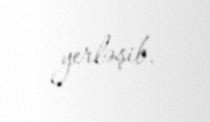
yerləşib.